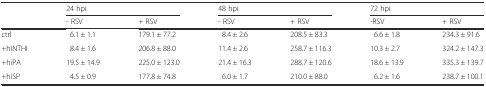
| <ROWSPAN=2>  | <COLSPAN=2> 24 hpi | <COLSPAN=2> 48 hpi | <COLSPAN=2> 72 hpi |
 | - RSV | + RSV | - RSV | + RSV | -RSV | + RSV |
 | --- | --- | --- | --- | --- | --- | --- |
 | ctrl | 6.1 ± 1.1 | 179.1 ± 77.2 | 8.4 ± 2.6 | 208.5 ± 83.3 | 6.6 ± 1.8 | 234.3 ± 91.6 |
 | +hiNTHI | 8.4 ± 1.6 | 206.8 ± 88.0 | 11.4 ± 2.6 | 258.7 ± 116.3 | 10.3 ± 2.7 | 324.2 ± 147.3 |
 | +hiPA | 19.5 ± 14.9 | 225.0 ± 123.0 | 21.4 ± 16.3 | 288.7 ± 120.6 | 18.6 ± 13.9 | 335.3 ± 139.7 |
 | +hiSP | 4.5 ± 0.9 | 177.8 ± 74.8 | 6.0 ± 1.7 | 210.0 ± 88.0 | 6.2 ± 1.6 | 238.7 ± 100.1 |